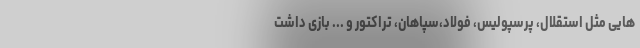
هایی مثل استقلال، پرسپولیس، فولاد،سپاهان، تراکتور و ... بازی داشت